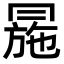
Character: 㒾